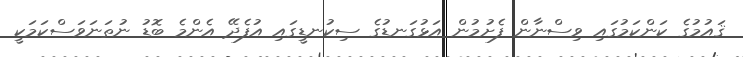
ޤައުމުގެ ކަންކަމުގައި ވިސްނާން ފެށުމުން އަޅުގަނޑުގެ ސިކުނޑީގައި އުފެދޭ އެންމެ ބޮޑު ނުތަނަވަސްކަމަކީ